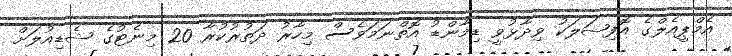
އެމްޕީއެލްގެ އޮފިޝަލަކު ވިދާޅުވީ ޑިމާންޑު އޮތްނަމަވެސް މިހާރު ދަތުރުކުރާ 20 މިނެޓުގެ ޝެޑިއުލަށް